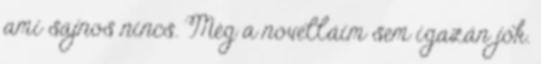
ami sajnos nincs. Még a novelláim sem igazán jók.